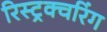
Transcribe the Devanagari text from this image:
रिस्ट्रक्चरिंग